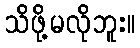
သိဖို့မလိုဘူး။